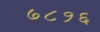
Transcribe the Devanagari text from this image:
७८१६